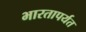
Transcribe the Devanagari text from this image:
भारतापर्यत